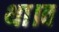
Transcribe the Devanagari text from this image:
था।व